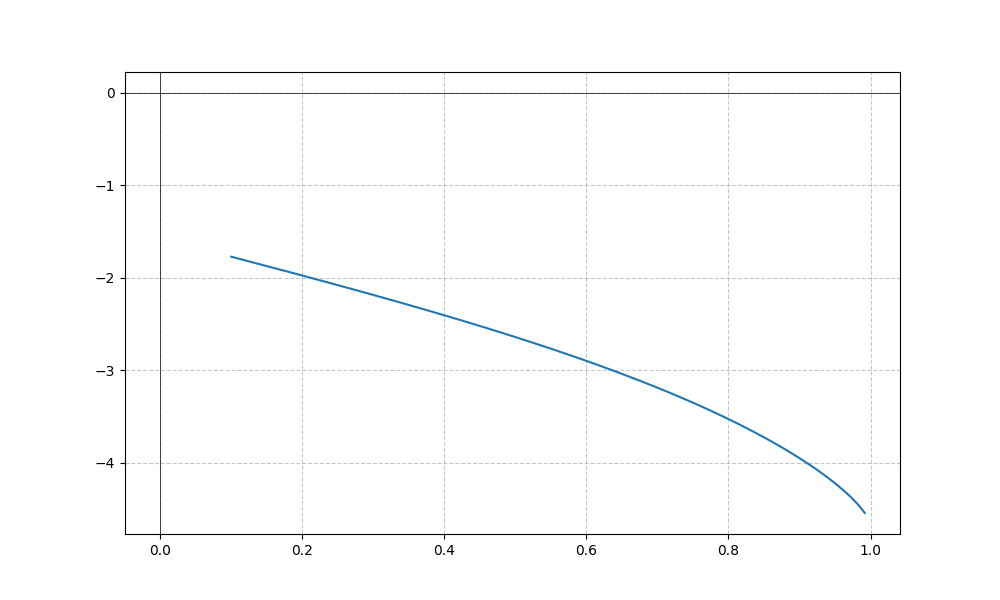
LaTeX formula: - \tan{\left(x \right)} - \operatorname{acos}{\left(- x \right)}